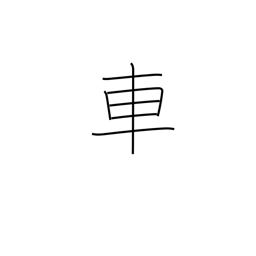
Meaning: car